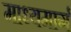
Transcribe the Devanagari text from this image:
माध्यमार्ग